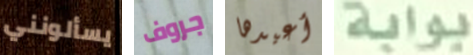
يسألونني جروف أعيدها بوابة